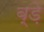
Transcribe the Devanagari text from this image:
ब्ड़े